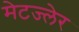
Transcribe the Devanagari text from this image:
मेटज्लेर